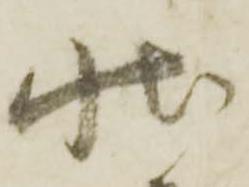
状